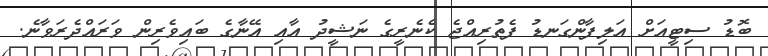
ބޮޑު ސިޓީއަށް އަލިފާންގަނޑު ފެތުރިއްޖެ ކެނެރީގެ ނަޝީދު އާއި އޭނާގެ ބައިވެރިން ވަރައްދެރަވާނެ.